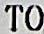
TO